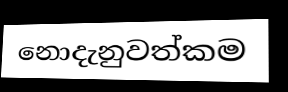
නොදැනුවත්කම